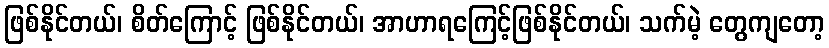
ဖြစ်နိုင်တယ်၊ စိတ်ကြောင့် ဖြစ်နိုင်တယ်၊ အာဟာရကြေင့်ဖြစ်နိုင်တယ်၊ သက်မဲ့ တွေကျတော့